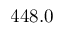
4 4 8 . 0